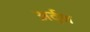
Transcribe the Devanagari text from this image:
अर्द्‌ध